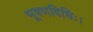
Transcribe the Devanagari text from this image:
भूषणविधिः।